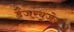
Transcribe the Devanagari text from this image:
डेंजरयूजेज